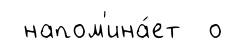
напом'ина́ет о